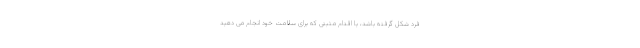
فرد شکل گرفته باشد، یا اقدام مثبتی که برای سلامت خود انجام می دهید